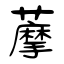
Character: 藦